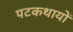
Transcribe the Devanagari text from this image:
पटकथायों